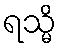
ရသ္မိ